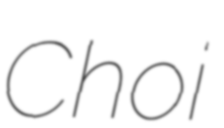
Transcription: Choi